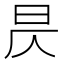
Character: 昃